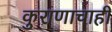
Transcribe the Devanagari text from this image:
कुराणाचाही